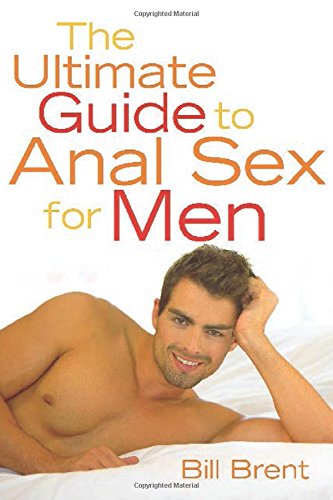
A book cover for The Ultimate Guide to Anal Sex for Men; Bill Brent; Health, Fitness & Dieting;